Code of medical and sanitary regulations for the guidance of medical officers serving in the Madras Presidency - Volume II
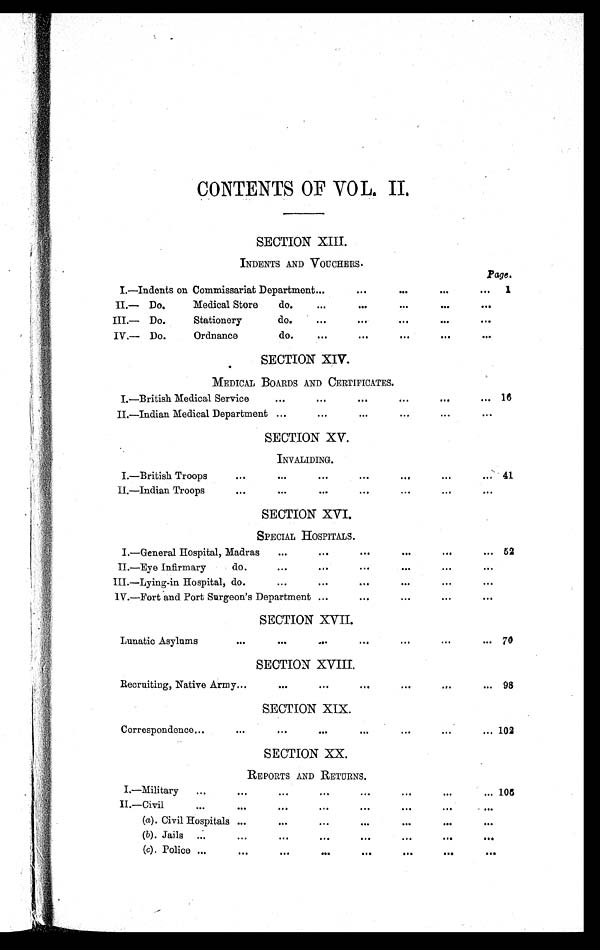
CONTENTS OF VOL. II.
SECTION XIII.
INDENTS AND VOUCHERS.
Page.
I.—Indents on Commissariat Department
. . .
. . .
. . .
. . .
. . .
1
II.— Do. Medical Store do.
. . .
. . .
. . .
. . .
. . .
III.— Do. Stationery do.
. . .
. . .
. . .
. . .
. . .
IV.— Do. Ordnance do.
. . .
. . .
. . .
. . .
. . .
SECTION XIV.
MEDI CAL BOARDS AND CERTI FI CATES.
I.—British Medical Service
...
. . .
. . .
. . .
. . .
. . . 16
II.—Indian Medical Department ...
. . .
. . .
. . .
. . .
. . .
S E C T I O N X V .
I N V A L I D I N G .
I.—British Troops
. . .
...
. . .
. . .
. . .
. . .
. . . 41
II.—Indian Troops
. . .
...
. . .
. . .
. . .
. . .
. . .
SECTION XVI.
S P E C I A L H O S P I T A L S .
I.—General Hospital, Madras ...
. . .
. . .
. . .
. . .
. . . 52
II.—Eye Infirmary do.
...
. . .
. . .
. . .
. . .
. . .
III.—Lying-in Hospital, do.
...
. . .
. . .
. . .
. . .
. . .
IV.—Fort and Port Surgeon's Department
. . .
. . .
. . .
. . .
. . .
SECTION XVII.
Lunatic Asylums
. . .
...
. . .
. . .
. . .
. . .
. . . 70
S E C T I O N X V I I I .
Recruiting, Native Army . . .
...
. . .
. . .
. . .
. . .
. . . 98
SECTION XIX.
Correspondence
. . .
. . .
...
. . .
. . .
. . .
. . .
. . . 102
SECTION XX.
R E P O R T S A N D R E T U R N S .
I.—Military
. . .
. . .
...
. . . . . .
. . .
. . .
. . . 106
II.—Civil
. . .
. . .
...
. . .
. . .
. . .
. . .
. . .
(a ). Civil Hospitals
. . .
...
. . .
. . .
. . .
. . .
. . .
(b). Jails
. . . .
. . .
...
. . .
. . .
. . .
. . .
. . .
(c). Police
. . . . . .
...
. . .
. . .
. . .
. . .
. . .